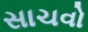
સાચવો